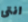
انتى